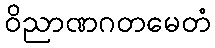
ဝိညာဏဂတမေတံ